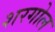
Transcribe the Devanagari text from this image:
शरगोल